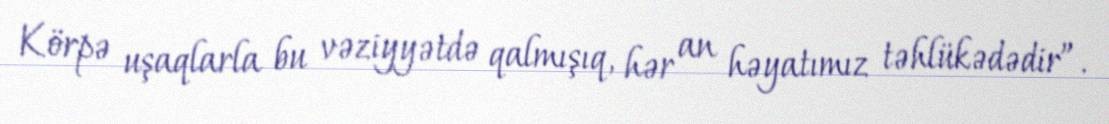
Körpə uşaqlarla bu vəziyyətdə qalmışıq, hər an həyatımız təhlükədədir”.